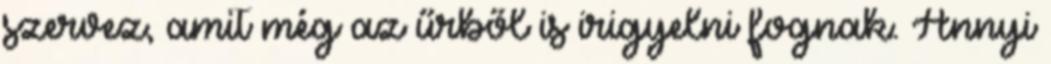
szervez, amit még az űrből is irigyelni fognak. Annyi